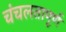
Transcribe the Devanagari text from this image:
चंचलतापूर्ण